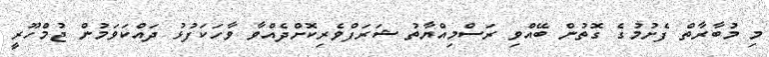
މި މުބާރާތް ފެށުމުގެ ގޮތުން ބޭއްވި ރަސްމިއްޔާތު ޝަރަފްވެރިކޮށްދެއްވާ ވާހަކަފުޅު ދައްކަވަމުން ޖުމްހޫރީ